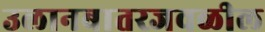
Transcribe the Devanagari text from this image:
उलानबातरजवळील